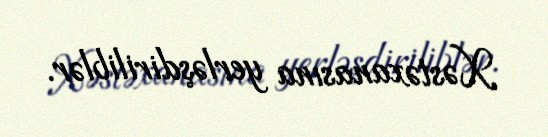
Xəstəxanasına yerləşdiriliblər.